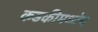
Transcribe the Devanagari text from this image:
कडकीमध्येच